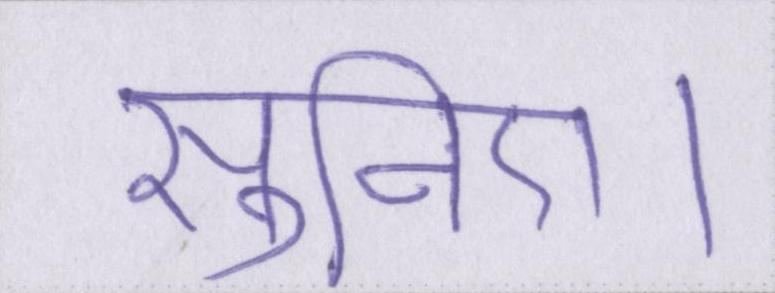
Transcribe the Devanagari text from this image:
सुनिए।